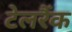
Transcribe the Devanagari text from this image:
टेलरैंक